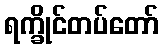
ရက္ခိုင်တပ်တော်